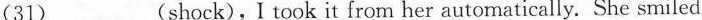
(31)___(shock),I took it from her automatically. She smiled